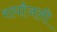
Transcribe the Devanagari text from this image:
शर्धांजली